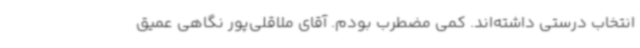
انتخاب درستی داشته‌اند. کمی مضطرب بودم. آقای ملاقلی‌پور نگاهی عمیق